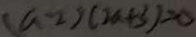
( a - 2 ) ( 2 a + 3 ) = 0